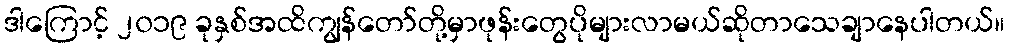
ဒါကြောင့် ၂၀၁၉ ခုနှစ်အထိကျွန်တော်တို့မှာဖုန်းတွေပိုများလာမယ်ဆိုတာသေချာနေပါတယ်။